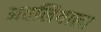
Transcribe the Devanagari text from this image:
अवलियाला